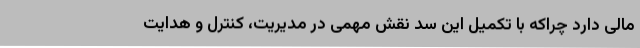
مالی دارد چراکه با تکمیل این سد نقش مهمی در مدیریت، کنترل و هدایت